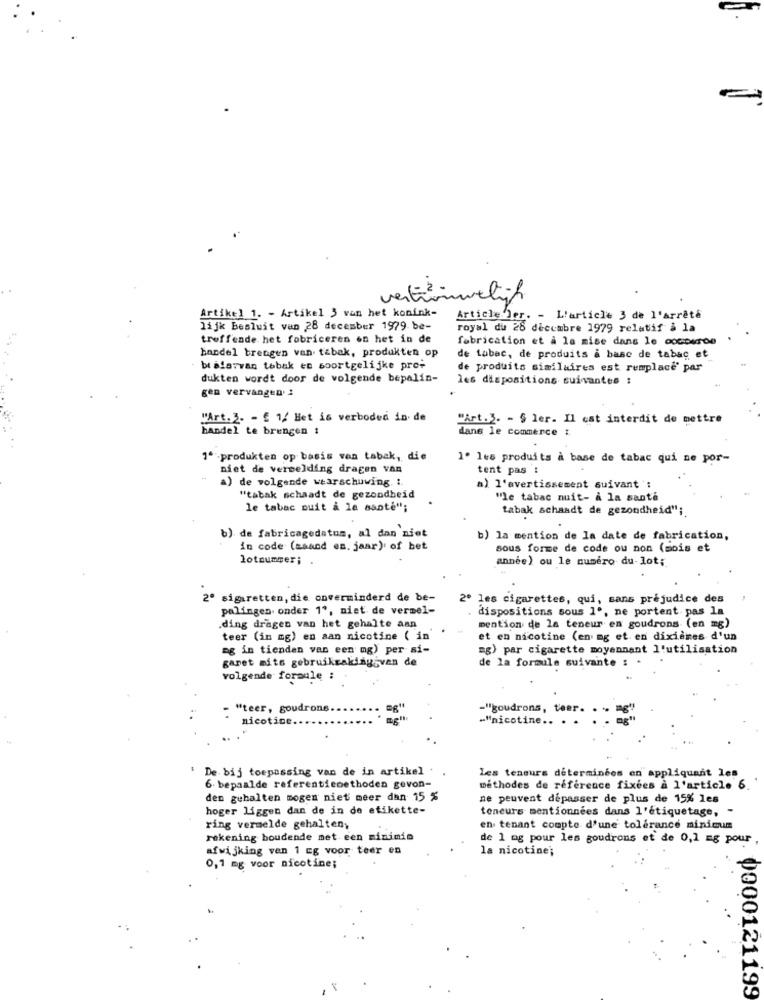
vertümwelich
Artikel 1. - Artikel 3 van het konink-
Article Der. - L'article 3 de l'arrêté
lijk Besluit van 28 december 1979 be-
royal du 26 décembre 1979 relatif à la
treffende het fabriceren on het in de
fabrication et à la mise dans le cocDerde
handel brengen van. tabak, produkten op
de tabac, de produits a base de tabac, et
br alarvan tobak en soortgelijke pre-
de produits similaires est remplace' par
dukten wordt door de volgende bepalin-
les dispositions suivantes :
gen vervangen :
"Art. 2. - £ 1/ Het is verboded in de
"Art. 3. - § ler. Il cat interdit de mettre
handel te brengen :
dans le commerce :
1ª -produkten op basis van tabak, die
1. les produits à base de tabac qui ne por-
niet de vermelding dragen van
tent pas :
) de volgende waarschuwing. :.
a) l'avertissement suivant :
"tabak schaadt de gezondheid
"le tabac nuit- a la sante
le tabac puit a la sante";
tabak schaadt de gezondheid";
b) de fabricagedatum, al dan niet
b) la mention de la date de fabrication,
in code (maand es. jaar) of bet
sous forme de code ou non (mois et
lotnummer;
année) ou le numéro du-lot;
2º sigaretten, die onverminderd de be-
2º les cigarettes, qui, sans préjudice des
palingen onder 1", niet de vermel-
dispositions sous 1º, ne portent. pas la
ding dragen van het gehalte aan
mention de la teneur en goudrons (en mg)
teer (in mg) en aan nicotine ( in'
et en nicotine (en mg et en dixièmes d'un
ag in tienden van een mg) per si-
mg) par cigarette moyennant l'utilisation
garet mits gebruikzaklágiven de
de la formule suivante :
volgende formule :
"teer, goudrons
-"goudrons, teer
nicotine.
-"nicotine ..
De. bij toepassing van de in artikel .
les teneurs determinees en appliquant les
6. bepaalde referentiemethoden gevon-
méthodes de référence fixées à l'article 6.
den gehalten mogen niet meer dan 15 %
ne peuvent dépasser de plus de 15% les
hoger liggen dan de in de etikette-
teneurs mentionnées dans l'étiquetage, -
ring vermelde gehalten;
en tenant compte d'une tolérance minimum
rekening boudende met een minimin
de 1 og pour les goudrons et de 0,1 mg pour
afwijking ven 1 Eg voor teer en
la nicotine;
0,1 mg voor nicotine;
0000121199